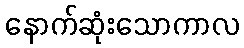
နောက်ဆုံးသောကာလ